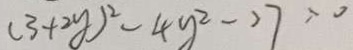
( 3 + 2 y ) ^ { 2 } - 4 y ^ { 2 } - 2 7 = 0